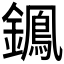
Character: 𨭷